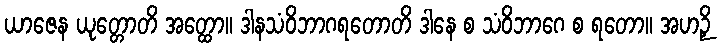
ယာဇေန ယုတ္တောတိ အတ္ထော။ ဒါနသံဝိဘာဂရတောတိ ဒါနေ စ သံဝိဘာဂေ စ ရတော။ အဟဉှိ